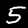
Label: 5